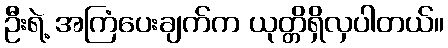
ဦးရဲ့ အကြံပေးချက်က ယုတ္တိရှိလှပါတယ်။